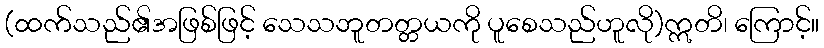
(ထက်သည်၏အဖြစ်ဖြင့် သေသဘူတတ္တယကို ပူစေသည်ဟူလို)ဣတိ၊ ကြောင့်။